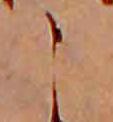
こ